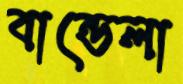
বান্ডেলা